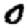
Digit: 0